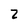
Character: 2